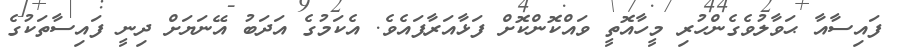
ފައިސާއާ ޙަވާލުވެގެންހުރި މީހާއޮތީ ވައްކޮންކޮށް ފަޅާއަރާފައެވެ. އެކަމުގެ އަދަބު އޭނަޔަށް ދިނީ ފައިސާތަކުގެ